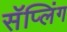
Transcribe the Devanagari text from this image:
सॅप्लिंग